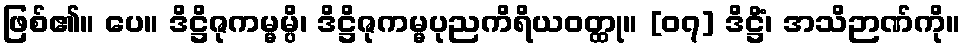
ဖြစ်၏။ ပေ။ ဒိဋ္ဌိဇုကမ္မမ္ပိ၊ ဒိဋ္ဌိဇုကမ္မပုညကိရိယဝတ္ထု။ [၀၇] ဒိဋ္ဌိံ၊ အသိဉာဏ်ကို။